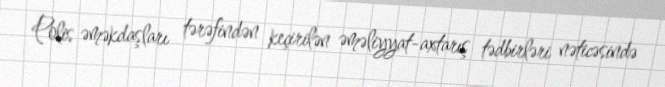
Polis əməkdaşları tərəfindən keçirilən əməliyyat-axtarış tədbirləri nəticəsində